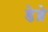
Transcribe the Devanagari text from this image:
डेब्रे